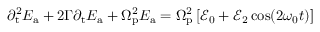
{ \partial _ { \mathrm { t } } ^ { 2 } E _ { \mathrm { a } } } + 2 \Gamma { \partial _ { \mathrm { t } } E _ { \mathrm { a } } } + \Omega _ { \mathrm { p } } ^ { 2 } E _ { \mathrm { a } } = \Omega _ { \mathrm { p } } ^ { 2 } \left[ \mathscr { E } _ { 0 } + \mathscr { E } _ { 2 } \cos ( 2 \omega _ { 0 } t ) \right]